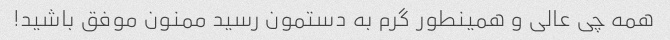
همه چی عالی و همینطور گرم به دستمون رسید ممنون موفق باشید!